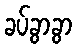
ခပ်ခွာခွာ